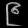
Digit: ၉